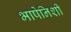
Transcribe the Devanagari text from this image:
भाषेनिशी